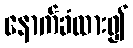
နောက်ခံထား၍